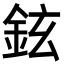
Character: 鉉